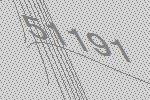
51191